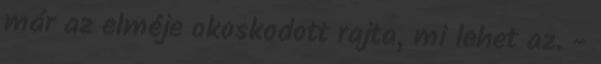
már az elméje okoskodott rajta, mi lehet az. -